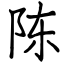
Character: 陈